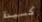
كسيدة